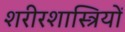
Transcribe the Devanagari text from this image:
शरीरशास्त्रियों